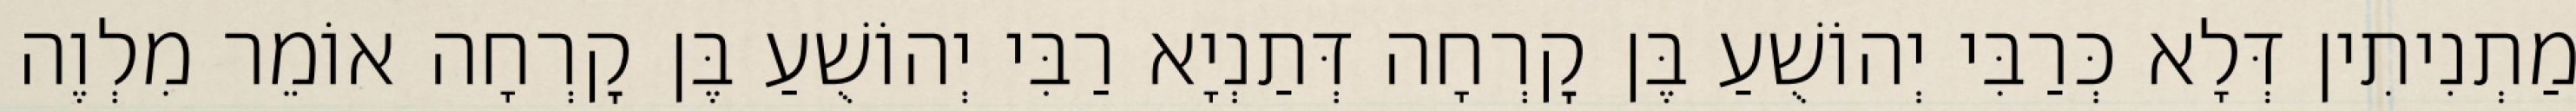
מַתְנִיתִין דְּלָא כְּרַבִּי יְהוֹשֻׁעַ בֶּן קׇרְחָה דְּתַנְיָא רַבִּי יְהוֹשֻׁעַ בֶּן קׇרְחָה אוֹמֵר מִלְוֶה